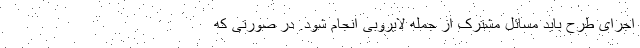
اجرای طرح باید مسائل مشترک از جمله لایروبی انجام شود. در صورتی که